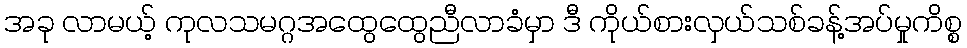
အခု လာမယ့် ကုလသမဂ္ဂအထွေထွေညီလာခံမှာ ဒီ ကိုယ်စားလှယ်သစ်ခန့်အပ်မှုကိစ္စ